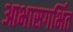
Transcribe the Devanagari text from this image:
आभासगर्भित